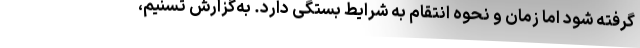
گرفته شود اما زمان و نحوه انتقام به شرایط بستگی دارد. به‌گزارش تسنیم،